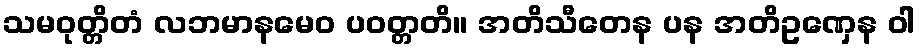
သမဝုတ္တိတံ လဘမာနမေဝ ပဝတ္တတိ။ အတိသီတေန ပန အတိဥဏှေန ဝါ